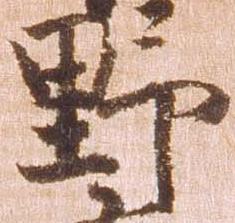
野